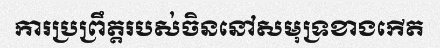
ការប្រព្រឹត្តរបស់ចិននៅសមុទ្រខាងកើត